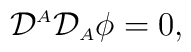
{\cal D}^{\scriptscriptstyle A}{\cal D}_{\scriptscriptstyle A}\phi=0,